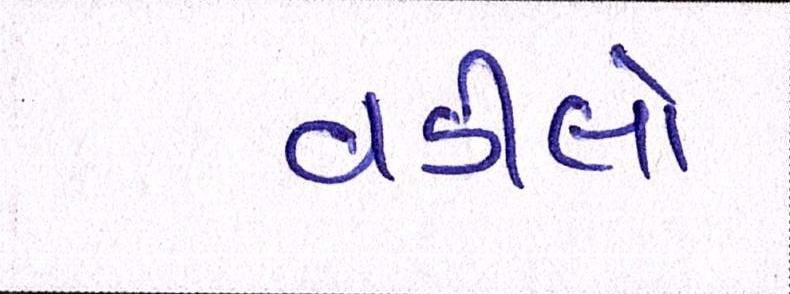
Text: વડીલો